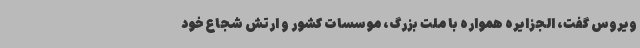
ویروس گفت، الجزایره همواره با ملت بزرگ، موسسات کشور و ارتش شجاع خود